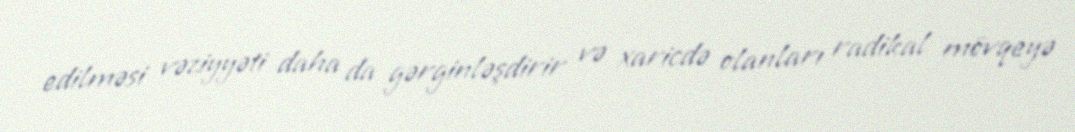
edilməsi vəziyyəti daha da gərginləşdirir və xaricdə olanları radikal mövqeyə